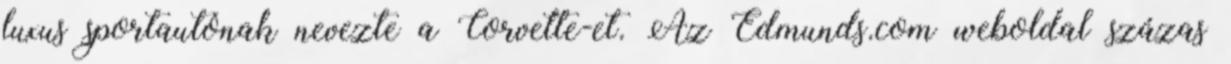
luxus sportautónak nevezte a Corvette-et. Az Edmunds.com weboldal százas